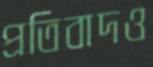
প্রতিবাদও